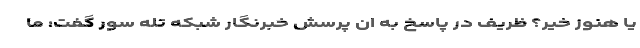
یا هنوز خیر؟ ظریف در پاسخ به ان پرسش خبرنگار شبکه تله سور گفت: ما